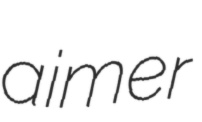
aimer